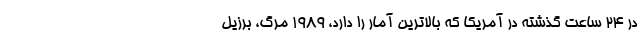
در ۲۴ ساعت گذشته در آمریکا که بالاترین آمار را دارد، ۱۹۸۹ مرگ، برزیل